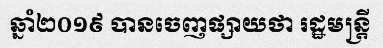
ឆ្នាំ២០១៩ បានចេញផ្សាយថា រដ្ឋមន្ត្រី